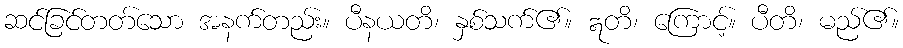
ဆင်ခြင်တတ်သော အနက်တည်း။ ပီနယတိ၊ နှစ်သက်၏။ ဣတိ၊ ကြောင့်။ ပီတိ၊ မည်၏။